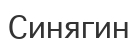
Синягин